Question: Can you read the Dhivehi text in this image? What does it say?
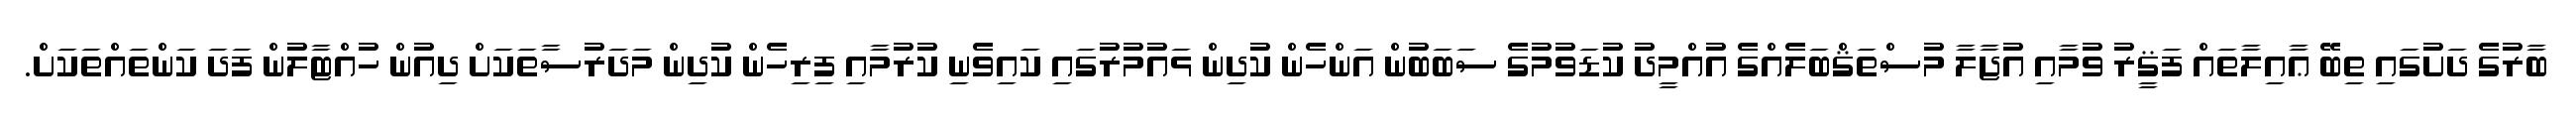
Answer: ބާރުގެ ދަށުގައި ތިބޭ ޢާއިލާތައް ފަޤީރު ވުމާއި އުޖާލާ މުސްތަޤްބަލެއްގެ އުއްމީދު ކުޑަވުމުގެ ސަބަބުން އަންހެން ކުދިން ޅައުމުރުގައި ކައިވެނި ކުރުމާއި ފިރިހެން ކުދިން މަދަރުސާތަކަށް ދިއުން ހުއްޓާލުން ފަދަ ކަންތައްތަކަށް.